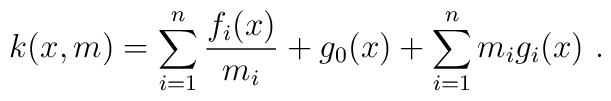
k(x,m)=\sum_{i=1}^n \frac{f_i(x)}{m_i}+g_0(x)+\sum_{i=1}^n m_i g_i(x)\ .